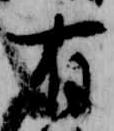
有